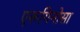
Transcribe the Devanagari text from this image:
एरूगिनोसा